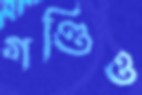
গণ্ডিও